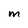
Character: m